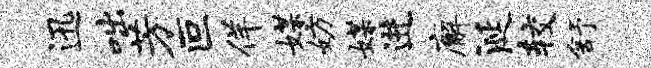
迅咄芳叵佯媒妨媒进廨涎较舒